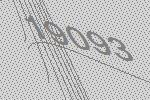
19093